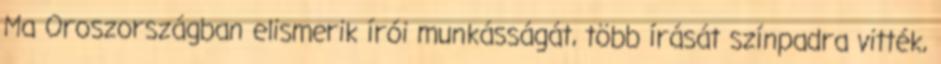
Ma Oroszországban elismerik írói munkásságát, több írását színpadra vitték,